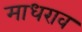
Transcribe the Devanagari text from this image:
माधराव